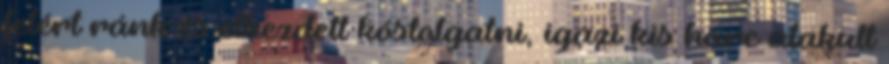
felért ránk és elkezdett kóstolgatni, igazi kis harc alakult